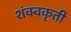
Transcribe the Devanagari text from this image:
शंक्वकृती